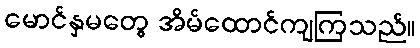
မောင်နှမတွေ အိမ်ထောင်ကျကြသည်။